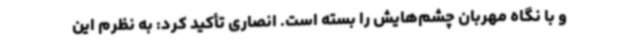
و با نگاه مهربان چشم‌هایش را بسته است. انصاری تأکید کرد: به نظرم این